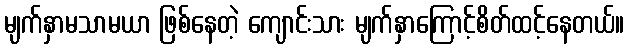
မျက်နှာမသာမယာ ဖြစ်နေတဲ့ ကျောင်းသား မျက်နှာကြောင့်စိတ်ထင့်နေတယ်။